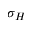
\sigma _ { H }